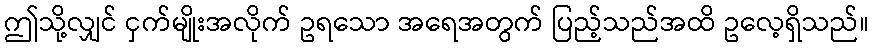
ဤသို့လျှင် ငှက်မျိုးအလိုက် ဥရသော အရေအတွက် ပြည့်သည်အထိ ဥလေ့ရှိသည်။